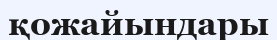
қожайындары